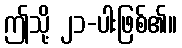
ဤသို့ ၂၁-ပါးဖြစ်၏။